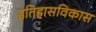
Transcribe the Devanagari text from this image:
इतिहासविकास